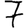
Digit: 7